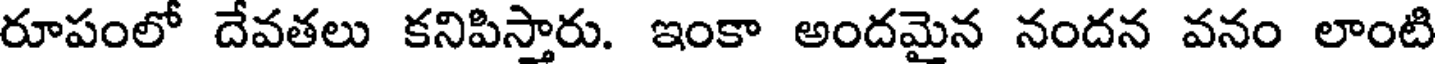
రూపంలో దేవతలు కనిపిస్తారు. ఇంకా అందమైన నందన వనం లాంటి